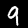
Label: 9